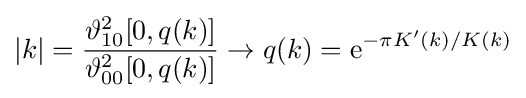
|k|={\frac {\vartheta _{10}^{2}[0,q(k)]}{\vartheta _{00}^{2}[0,q(k)]}}\rightarrow q(k)=\mathrm {e} ^{-\pi K'(k)/K(k)}